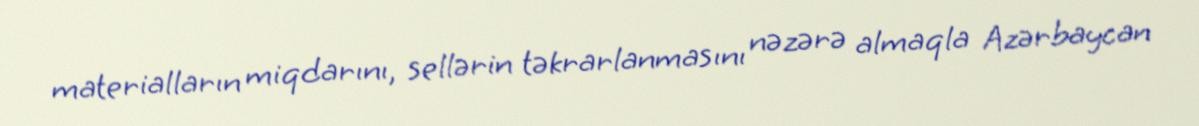
materialların miqdarını, sellərin təkrarlanmasını nəzərə almaqla Azərbaycan